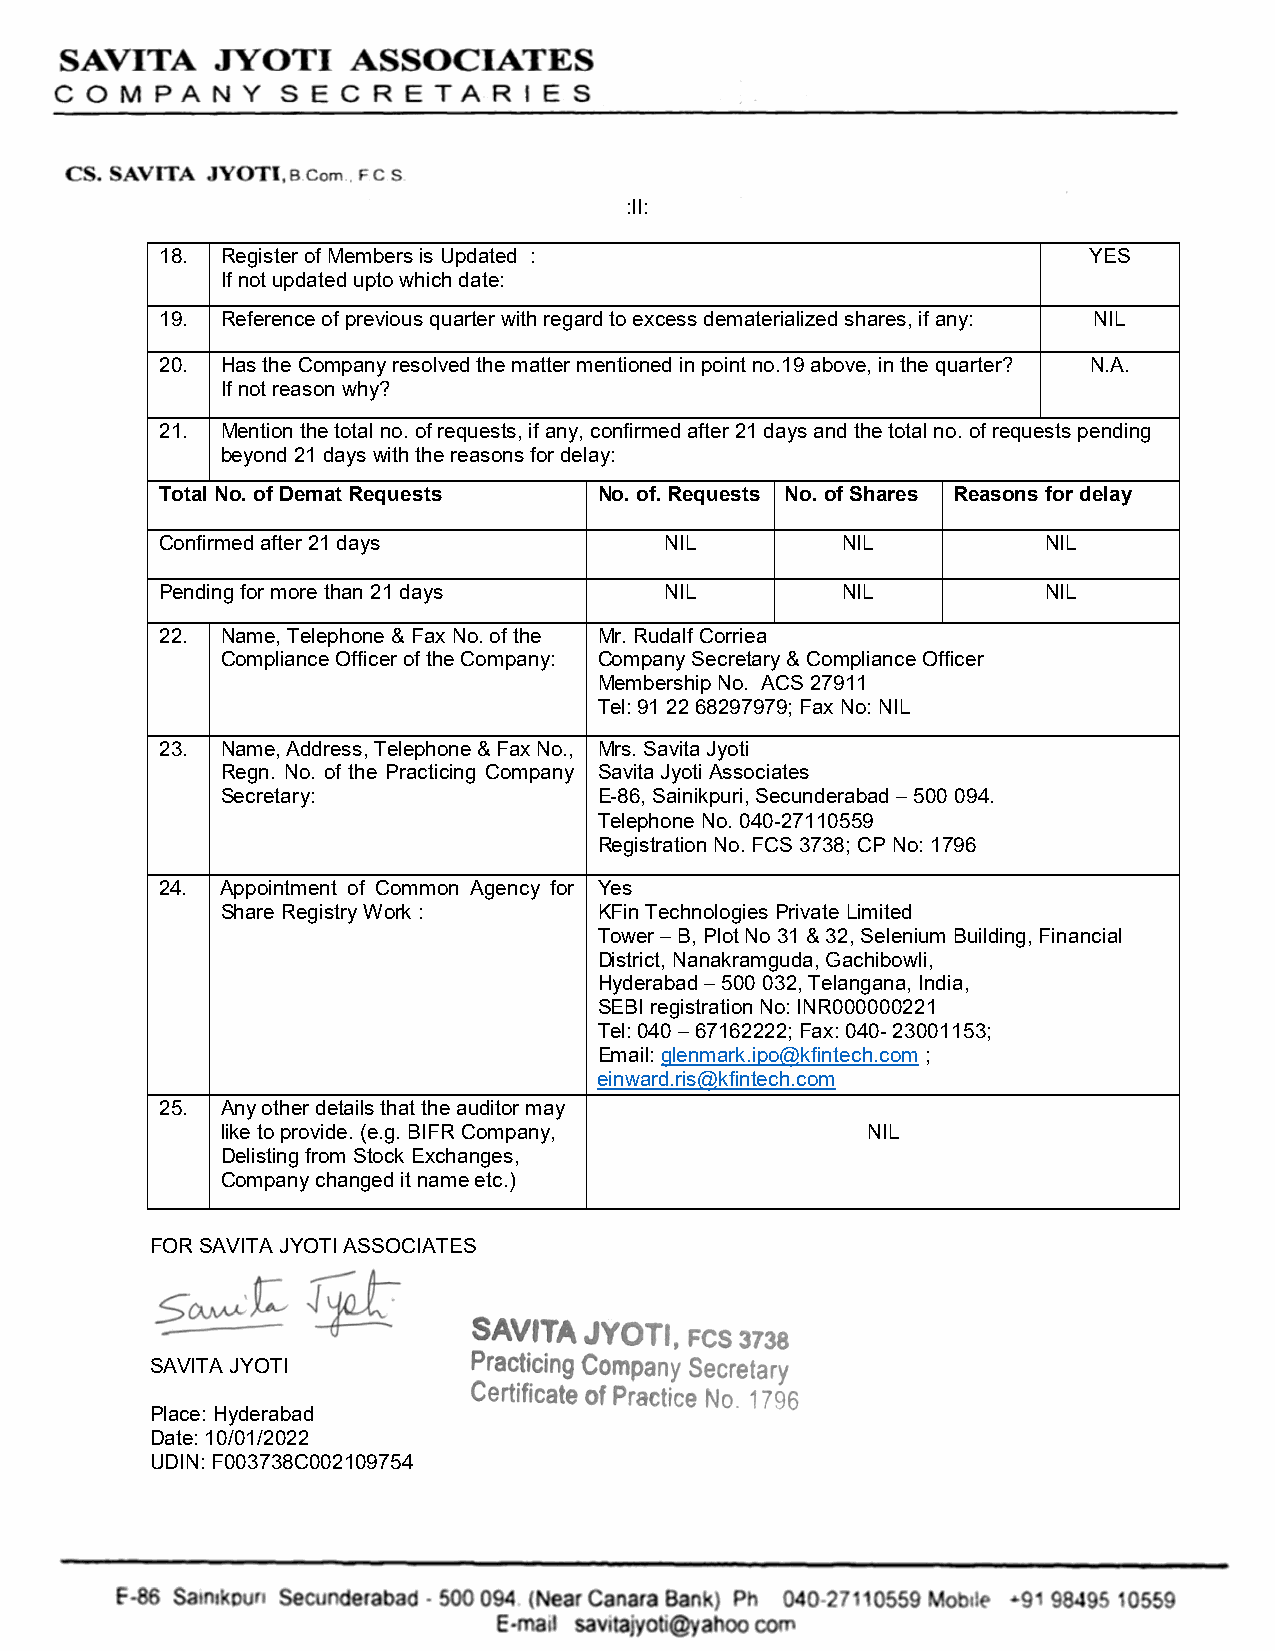
SAVITA    .JYOTI   ASSOCIATES
 COM   PANY     SECRETARIES
 CS. SAVITA JYOTl,B.Com .. FC s
 :II:
 18. Register of Members is Updated :                         YES
 If not updated upto which date:
 19. Reference of previous quarter with regard to excess dematerialized shares, if any: NIL
 20. Has the Company resolved the matter mentioned in point no.19 above, in the quarter? N.A.
 If not reason why?
 21. Mention the total no. of requests, if any, confirmed after 21 days and the total no. of requests pending
 beyond 21 days with the reasons for delay:
 Total No. of Demat Requests  No. of. Requests No. of Shares Reasons for delay
 Confirmed after 21 days          NIL         NIL          NIL
 Pending for more than 21 days    NIL         NIL          NIL
 22. Name, Telephone & Fax No. of the Mr. Rudalf Corriea
 Compliance Officer of the Company: Company Secretary & Compliance Officer
 Membership No. ACS 27911
 Tel: 91 22 68297979; Fax No: NIL
 23. Name, Address, Telephone & Fax No., Mrs. Savita Jyoti
 Regn. No. of the Practicing Company Savita Jyoti Associates
 Secretary:               E-86, Sainikpuri, Secunderabad – 500 094.
 Telephone No. 040-27110559
 Registration No. FCS 3738; CP No: 1796
 24. Appointment of Common Agency for Yes
 Share Registry Work :    KFin Technologies Private Limited
 Tower – B, Plot No 31 & 32, Selenium Building, Financial
 District, Nanakramguda, Gachibowli,
 Hyderabad – 500 032, Telangana, India,
 SEBI registration No: INR000000221
 Tel: 040 – 67162222; Fax: 040- 23001153;
 Email: glenmark.ipo@kfintech.com ;
 einward.ris@kfintech.com
 25. Any other details that the auditor may website: www.kfintech.com
 like to provide. (e.g. BIFR Company,      NIL
 Delisting from Stock Exchanges,
 Company changed it name etc.)
 FOR SAVITA JYOTI ASSOCIATES
 SAVITA  JYOTI, FCS 3738
 SAVITA JYOTI         Prac_ti_cing Company Secretary
 Cert1f1cate of Practice No. 1796
 Place: Hyderabad
 Date: 10/01/2022
 UDIN: F003738C002109754
 F   Sa1n1 uri Secu erabad • 500 o ( ar Canara Ban ) Ph 040-27 10559 ·9 9849 0559
 E- 11 sav,ta· o I ahoo corn